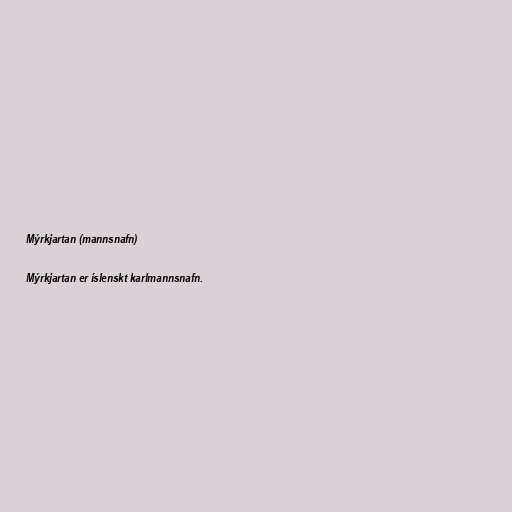
Mýrkjartan (mannsnafn)

Mýrkjartan er íslenskt karlmannsnafn.